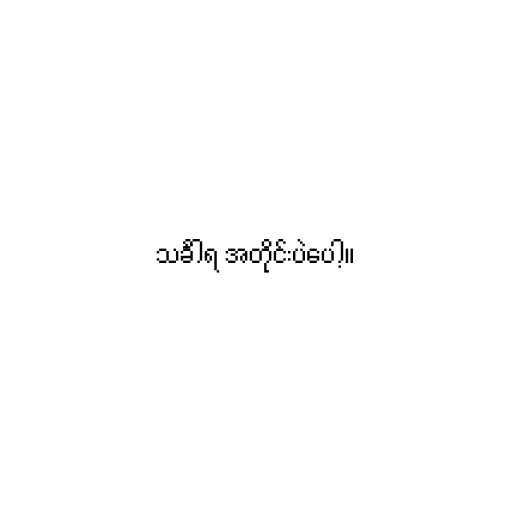
သင်္ခါရ အတိုင်းပဲပေါ့။